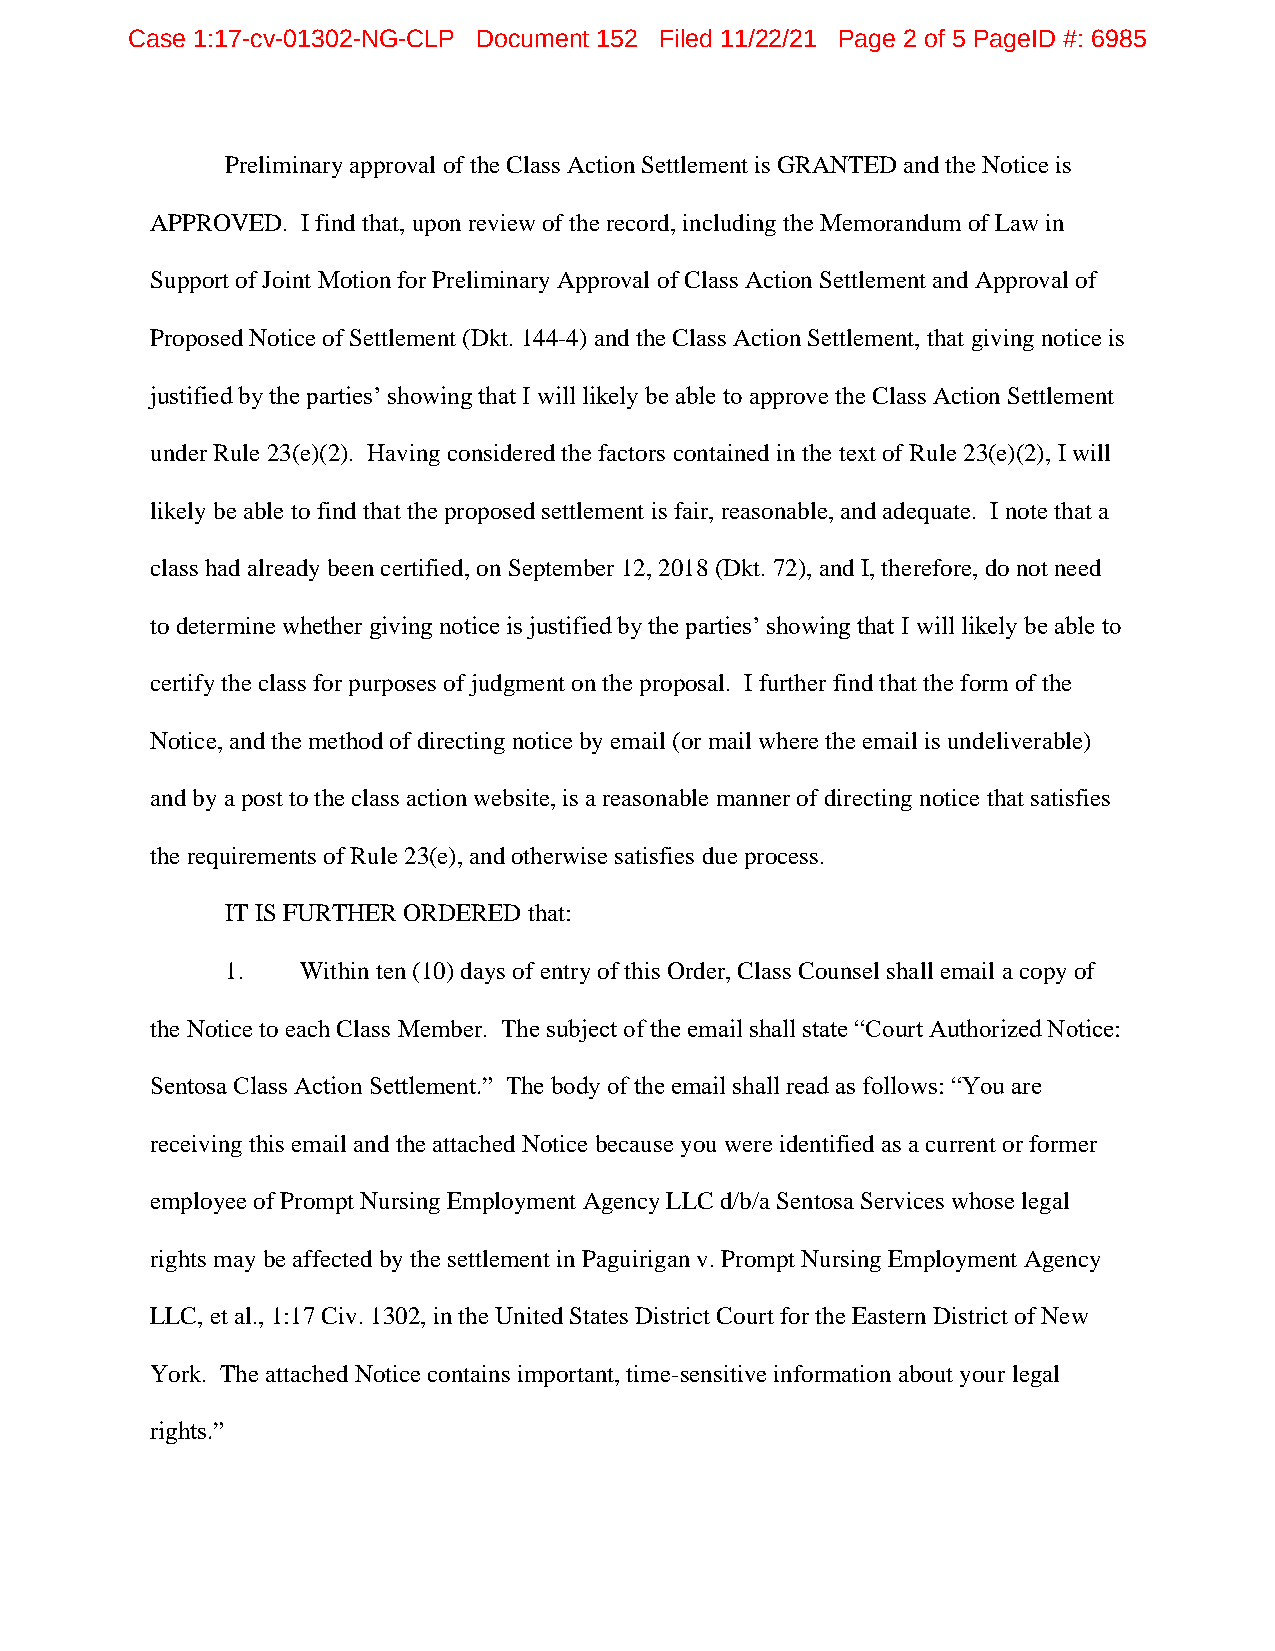
Case 1:17-cv-01302-NG-CLP Document 152 Filed 11/22/21 Page 2 of 5 PageID #: 6985
 Preliminary approval of the Class Action Settlement is GRANTED and the Notice is
 APPROVED. I find that, upon review of the record, including the Memorandum of Law in
 Support of Joint Motion for Preliminary Approval of Class Action Settlement and Approval of
 Proposed Notice of Settlement (Dkt. 144-4) and the Class Action Settlement, that giving notice is
 justified by the parties’ showing that I will likely be able to approve the Class Action Settlement
 under Rule 23(e)(2). Having considered the factors contained in the text of Rule 23(e)(2), I will
 likely be able to find that the proposed settlement is fair, reasonable, and adequate. I note that a
 class had already been certified, on September 12, 2018 (Dkt. 72), and I, therefore, do not need
 to determine whether giving notice is justified by the parties’ showing that I will likely be able to
 certify the class for purposes of judgment on the proposal. I further find that the form of the
 Notice, and the method of directing notice by email (or mail where the email is undeliverable)
 and by a post to the class action website, is a reasonable manner of directing notice that satisfies
 the requirements of Rule 23(e), and otherwise satisfies due process.
 IT IS FURTHER ORDERED that:
 1.   Within ten (10) days of entry of this Order, Class Counsel shall email a copy of
 the Notice to each Class Member. The subject of the email shall state “Court Authorized Notice:
 Sentosa Class Action Settlement.” The body of the email shall read as follows: “You are
 receiving this email and the attached Notice because you were identified as a current or former
 employee of Prompt Nursing Employment Agency LLC d/b/a Sentosa Services whose legal
 rights may be affected by the settlement in Paguirigan v. Prompt Nursing Employment Agency
 LLC, et al., 1:17 Civ. 1302, in the United States District Court for the Eastern District of New
 York. The attached Notice contains important, time-sensitive information about your legal
 rights.”